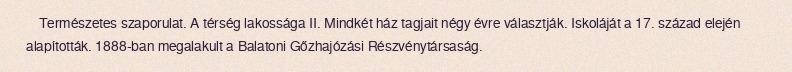
Természetes szaporulat. A térség lakossága II. Mindkét ház tagjait négy évre választják. Iskoláját a 17. század elején alapították. 1888-ban megalakult a Balatoni Gőzhajózási Részvénytársaság.